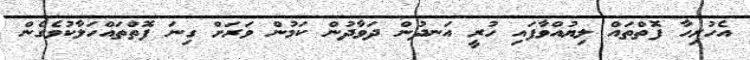
އެހުރިހާ ފޮތްތައް ލިޔުއްވާފައި ހުރީ އަނދުން ދަވާދުން ކަމުން ވަރަށް ގިނަ ފޮތްތައްހަލާކުވެގެން